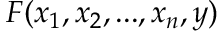
F ( x _ { 1 } , x _ { 2 } , . . . , x _ { n } , y )